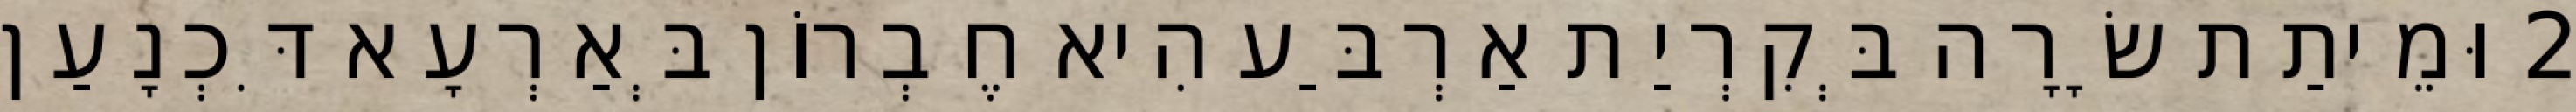
2 וּמֵיתַת שָׂרָה בְּקִרְיַת אַרְבַּע הִיא חֶבְרוֹן בְּאַרְעָא דִּכְנָעַן